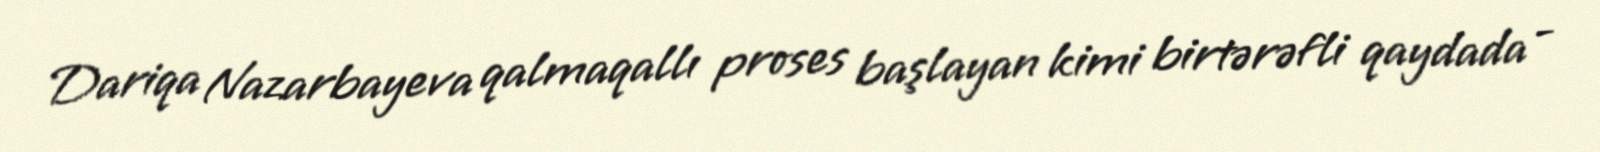
Dariqa Nazarbayeva qalmaqallı proses başlayan kimi birtərəfli qaydada -